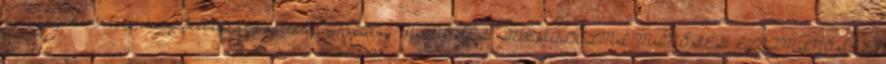
a műszaki értelmiség felelősségvállalása PIACI MINŐSÉG TÁRSADALMI MINŐSÉG ÉLETMINŐSÉG